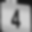
Digit: 4